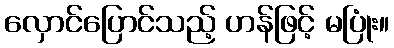
လှောင်ပြောင်သည့် ဟန်ဖြင့် မပြုံး။